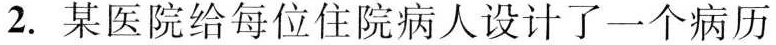
2.某医院给每位住院病人设计了一个病历